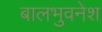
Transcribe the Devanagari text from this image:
बालभुवनेश